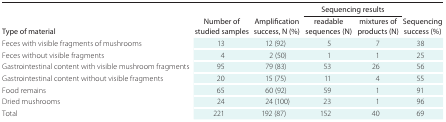
| <ROWSPAN=2> Type of material | <ROWSPAN=2> Number of studied samples | <ROWSPAN=2> Amplification success, N (%) | <COLSPAN=2> Sequencing results | <ROWSPAN=2> Sequencing success (%) |
 | readable sequences (N) | mixtures of products (N) |
 | --- | --- | --- | --- | --- | --- |
 | Feces with visible fragments of mushrooms | 13 | 12 (92) | 5 | 7 | 38 |
 | Feces without visible fragments | 4 | 2 (50) | 1 | 1 | 25 |
 | Gastrointestinal content with visible mushroom fragments | 95 | 79 (83) | 53 | 26 | 56 |
 | Gastrointestinal content without visible fragments | 20 | 15 (75) | 11 | 4 | 55 |
 | Food remains | 65 | 60 (92) | 59 | 1 | 91 |
 | Dried mushrooms | 24 | 24 (100) | 23 | 1 | 96 |
 | Total | 221 | 192 (87) | 152 | 40 | 69 |